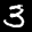
Label: 3